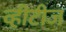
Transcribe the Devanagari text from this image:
व्हीटीज